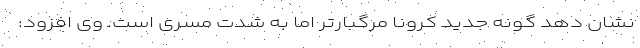
نشان دهد گونه‌ جدید کرونا مرگبارتر اما به شدت مسری است. وی افزود: